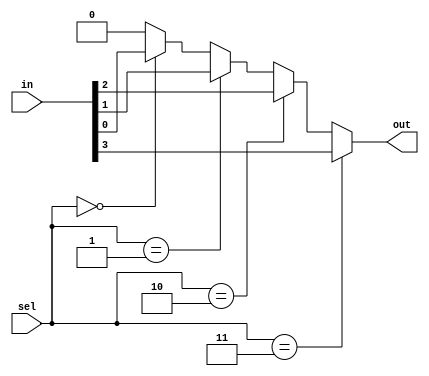
module muxn #(
	      parameter N = 4,
	      parameter LOG2N = $clog2(N))
   (
    output reg 	      out,
    input [N-1:0]     in,
    input [LOG2N-1:0] sel
    );

   integer 	      i;
   always @(*) begin
      out = 1'b0;
      for(i = 0; i < N; i = i + 1) begin
	 if(sel == i) out = in[i];
      end
   end

endmodule